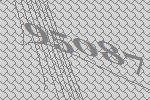
95087